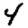
Digit: 4